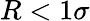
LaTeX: R<1\sigma